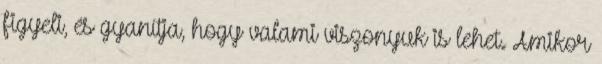
figyeli, és gyanítja, hogy valami viszonyuk is lehet. Amikor